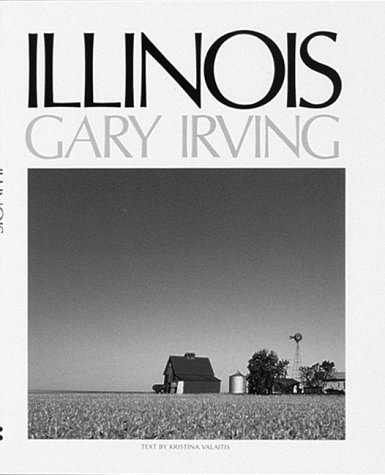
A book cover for Illinois; Gary Irving; Travel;